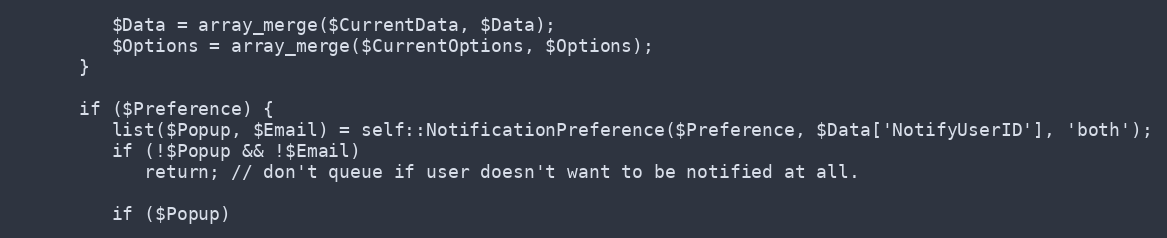
Language: PHP
         $Data = array_merge($CurrentData, $Data);
         $Options = array_merge($CurrentOptions, $Options);
      }

      if ($Preference) {
         list($Popup, $Email) = self::NotificationPreference($Preference, $Data['NotifyUserID'], 'both');
         if (!$Popup && !$Email)
            return; // don't queue if user doesn't want to be notified at all.

         if ($Popup)